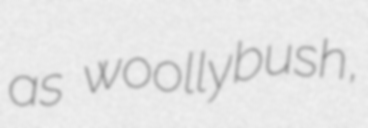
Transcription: as woollybush,